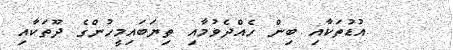
އުޑުތަކާއި ބިން ހެއްދެވުމާއި ތިޔަބައިމީހުންގެ ދޫތަކާއި